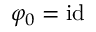
\varphi _ { 0 } = \mathrm { i d }